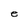
Character: e